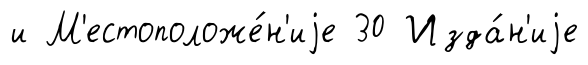
и М'естоположе́н'иjе 30 Изда́н'иjе